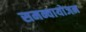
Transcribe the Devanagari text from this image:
समन्वायोजन